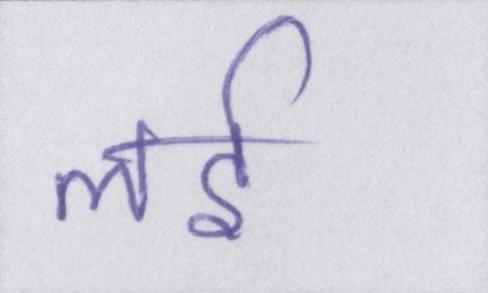
लई